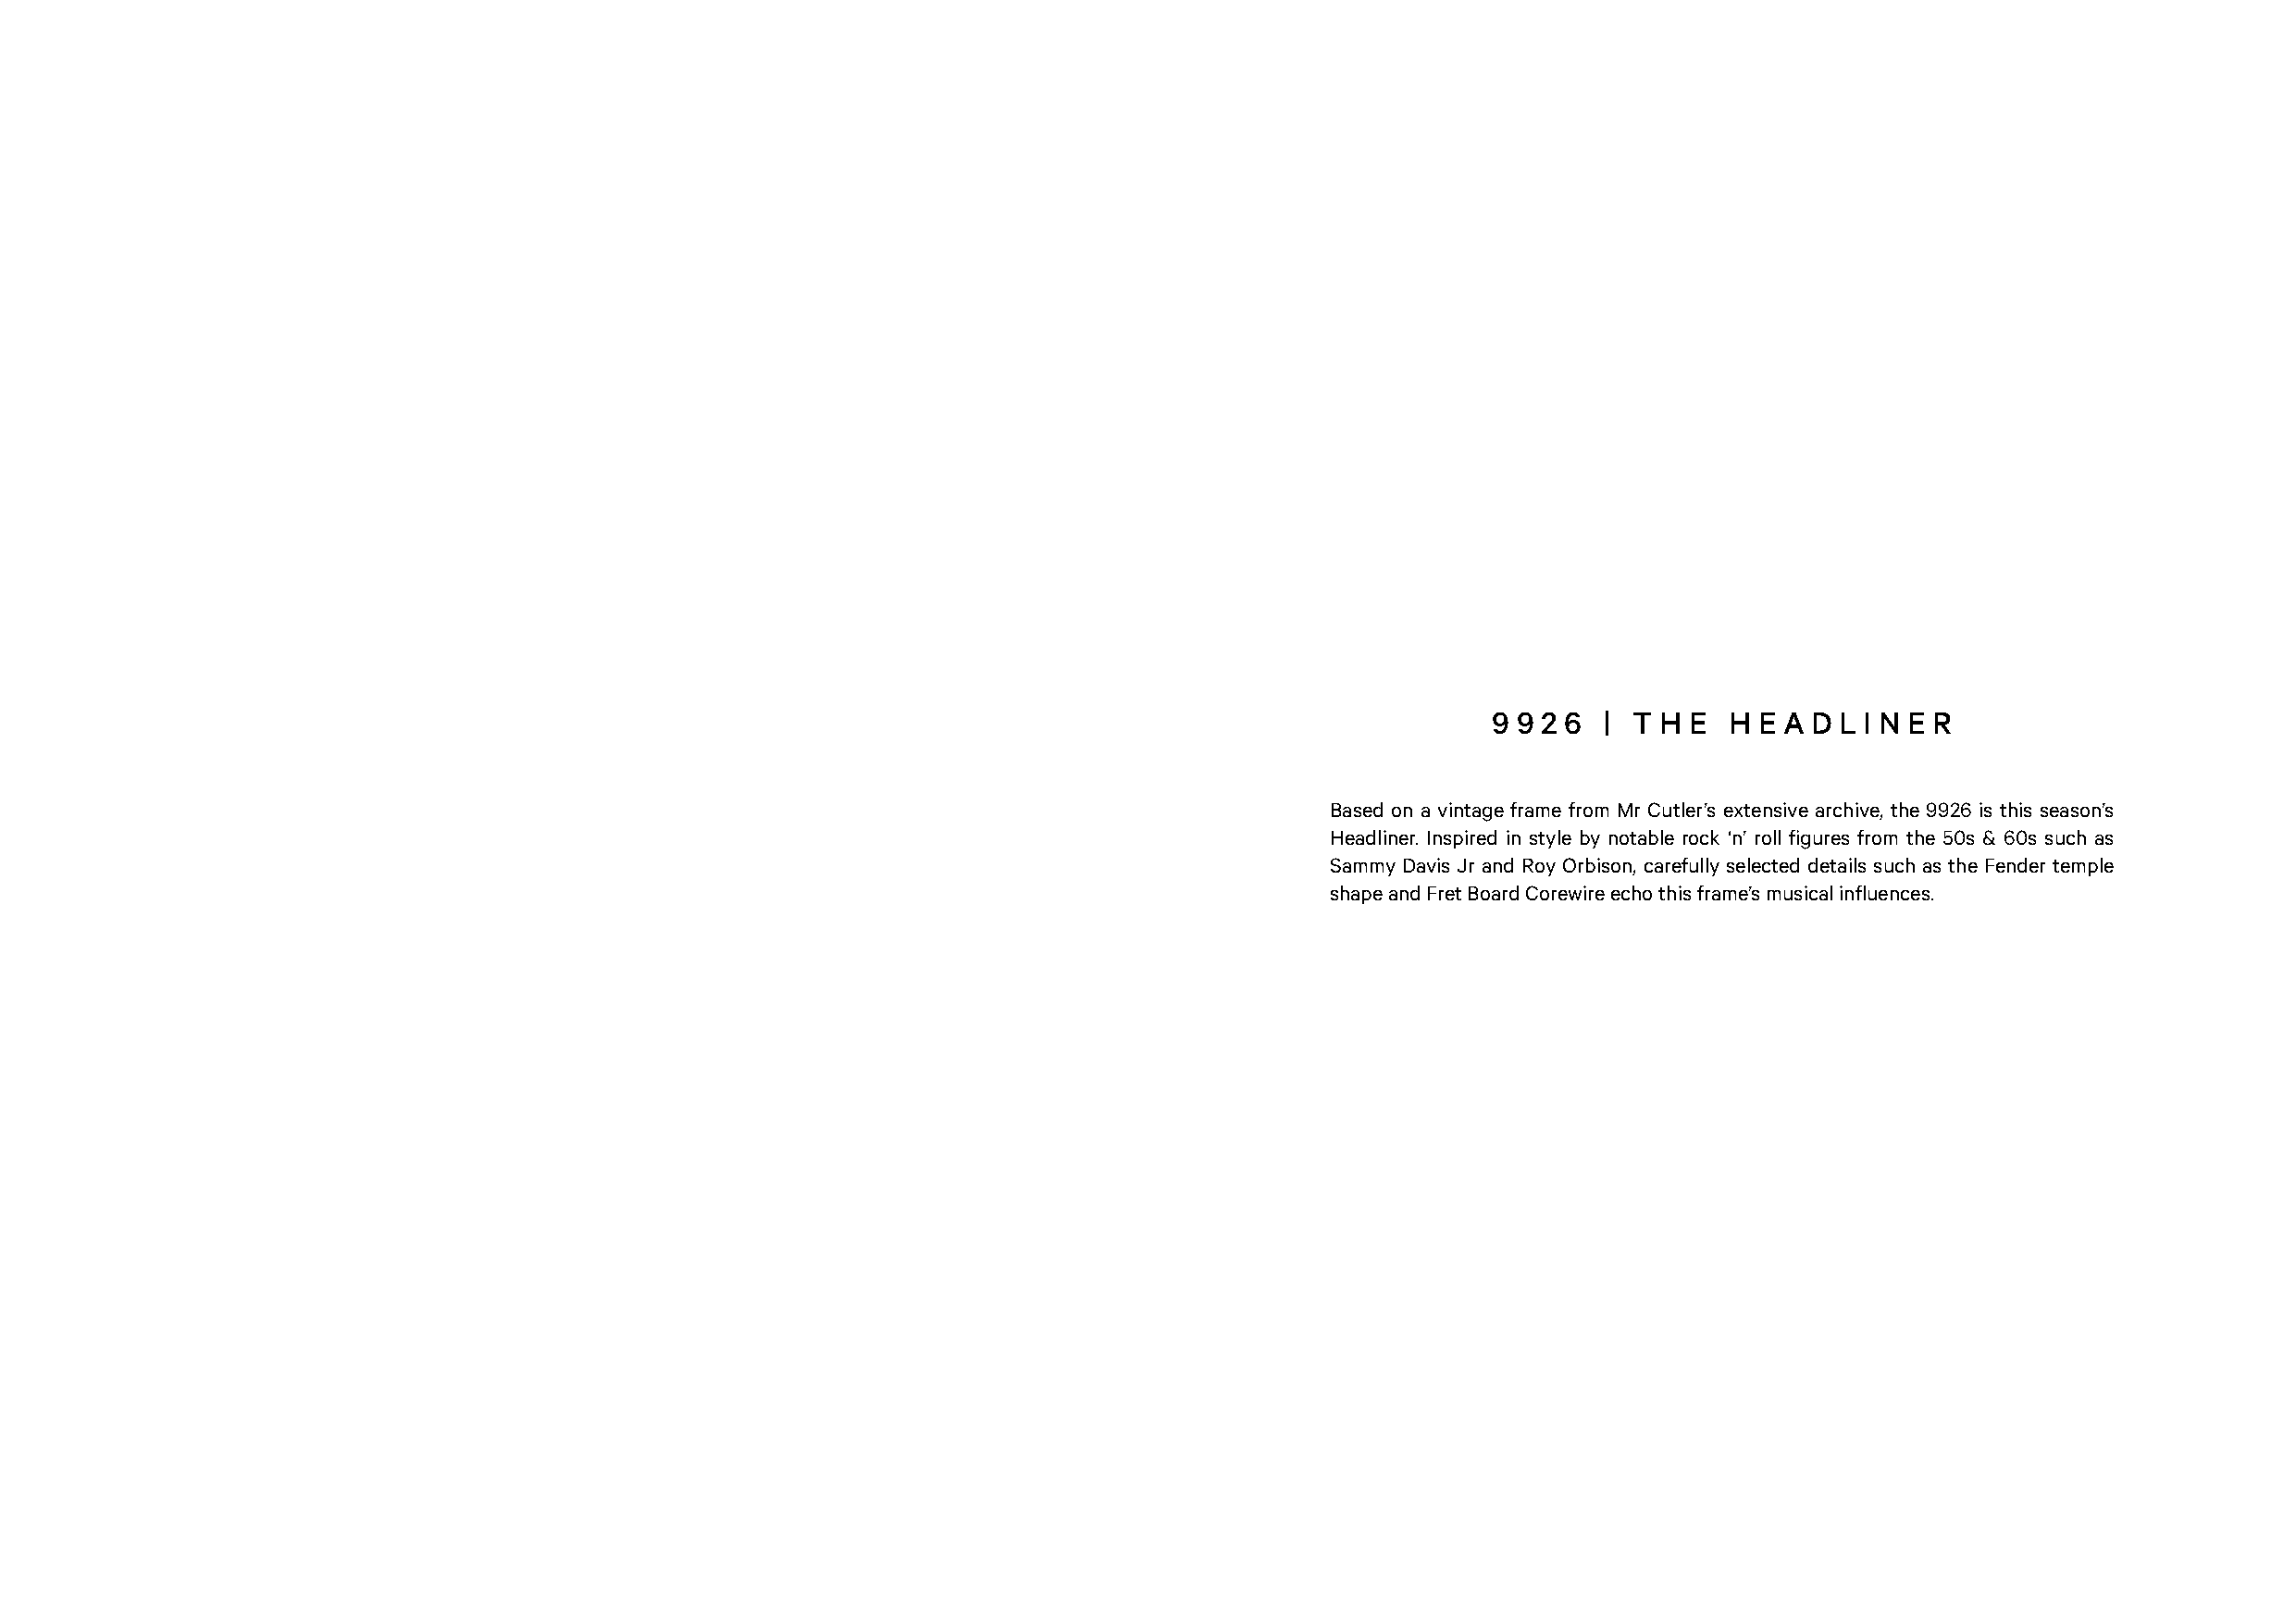
9 9 2 6 | T H E  H E A D L I N E R
 Based on a vintage frame from Mr Cutler’s extensive archive, the 9926 is this season’s
 Headliner. Inspired in style by notable rock ‘n’ roll figures from the 50s & 60s such as
 Sammy Davis Jr and Roy Orbison, carefully selected details such as the Fender temple
 shape and Fret Board Corewire echo this frame’s musical influences.